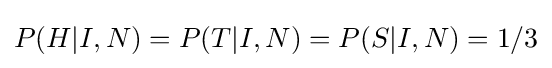
P(H|I,N)=P(T|I,N)=P(S|I,N)=1/3